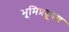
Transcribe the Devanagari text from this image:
भूमिप्रदूषण